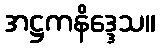
အဋ္ဌကနိဒ္ဒေသ။